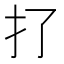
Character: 𢩪